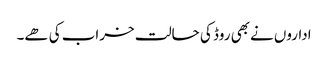
اداروں نےبھی روڈ کی حالت خراب کی ھے۔